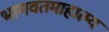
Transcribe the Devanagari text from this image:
भागवतमाहात्म्य